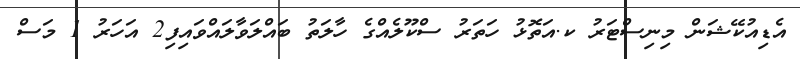
އެޑިއުކޭޝަން މިނިސްޓަރު ކ.އަތޮޅު ހަތަރު ސްކޫލެއްގެ ހާލަތު ބައްލަވާލައްވައިފި2 އަހަރު 1 މަސް